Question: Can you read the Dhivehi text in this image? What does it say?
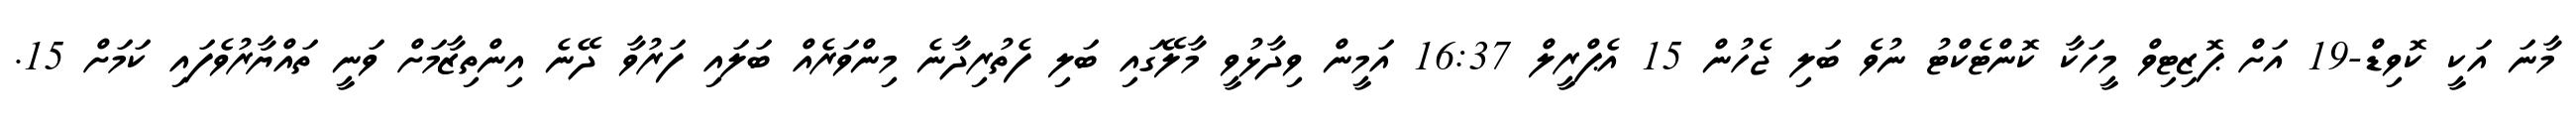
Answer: މާނަ އަކީ ކޮވިޑް-19 އަށް ޕޮޒިޓިވް މީހަކާ ކޮންޓެކްޓު ނުވެ ބަލި ޖެހުން 15 އެޕްރީލް 16:37 އަމީން ވިދާޅުވީ މާލޭގައި ބަލި ފެތުރިދާނެ މިންވަރެއް ބަލައި ފަރުވާ ދޭނެ އިންތިޒާމަށް ވަނީ ތައްޔާރުވެފައި ކަމަށް 15.